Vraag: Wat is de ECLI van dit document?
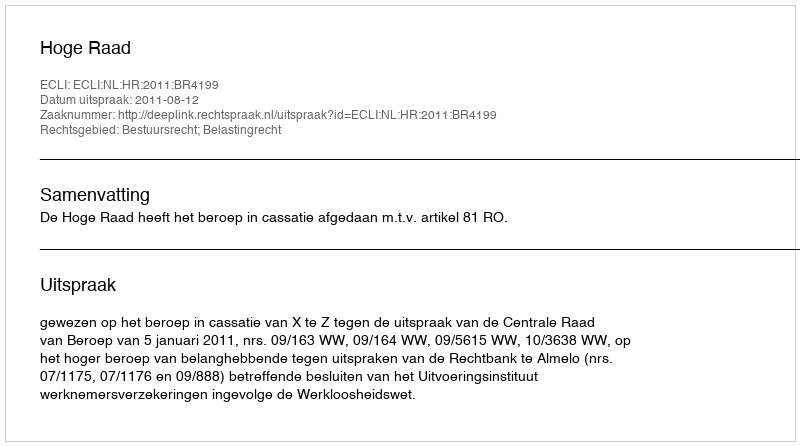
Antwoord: ECLI:NL:HR:2011:BR4199